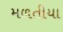
મળતીયા